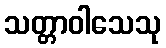
သတ္တာဝါသေသု